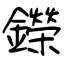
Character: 鑅